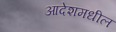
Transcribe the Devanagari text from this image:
आदेशमधील